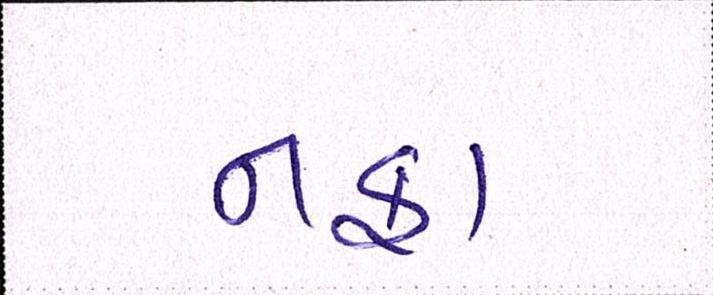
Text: નફા